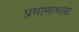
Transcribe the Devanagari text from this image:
प्रमाणाभास